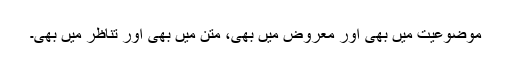
موضوعیت میں بھی اور معروض میں بھی، متن میں بھی اور تناظر میں بھی۔